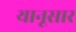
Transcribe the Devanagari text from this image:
यानूसार